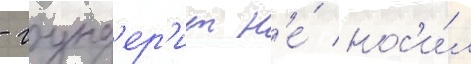
- гунд'ер'ит н'е́ нос'и́л